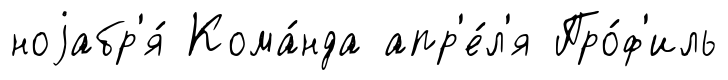
ноjабр'я́ Кома́нда апр'е́л'я Про́ф'иль